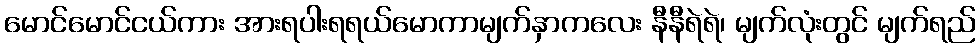
မောင်မောင်ငယ်ကား အားရပါးရရယ်မောကာမျက်နှာကလေး နီနီရဲရဲ၊ မျက်လုံးတွင် မျက်ရည်